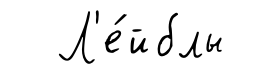
Л'е́йблы